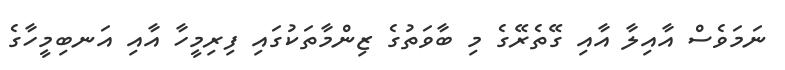
ނަމަވެސް އާއިލާ އާއި ގޭތެރޭގެ މި ބާވަތުގެ ޒިންމާތަކުގައި ފިރިމީހާ އާއި އަނބިމީހާގެ